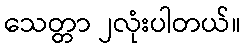
သေတ္တာ ၂လုံးပါတယ်။